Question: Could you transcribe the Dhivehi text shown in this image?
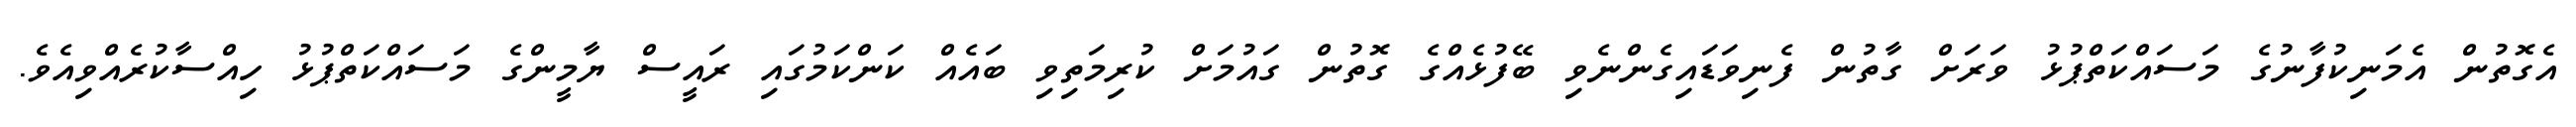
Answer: އެގޮތުން އެމަނިކުފާނުގެ މަސައްކަތްޕުޅު ވަރަށް ގާތުން ފެނިވަޑައިގެންނެވި ބޭފުޅެއްގެ ގޮތުން ގައުމަށް ކުރިމަތިވި ބައެއް ކަންކަމުގައި ރައީސް ޔާމީންގެ މަސައްކަތްޕުޅު ހިއްސާކުރެއްވިއެވެ.